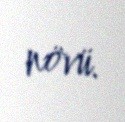
növü.